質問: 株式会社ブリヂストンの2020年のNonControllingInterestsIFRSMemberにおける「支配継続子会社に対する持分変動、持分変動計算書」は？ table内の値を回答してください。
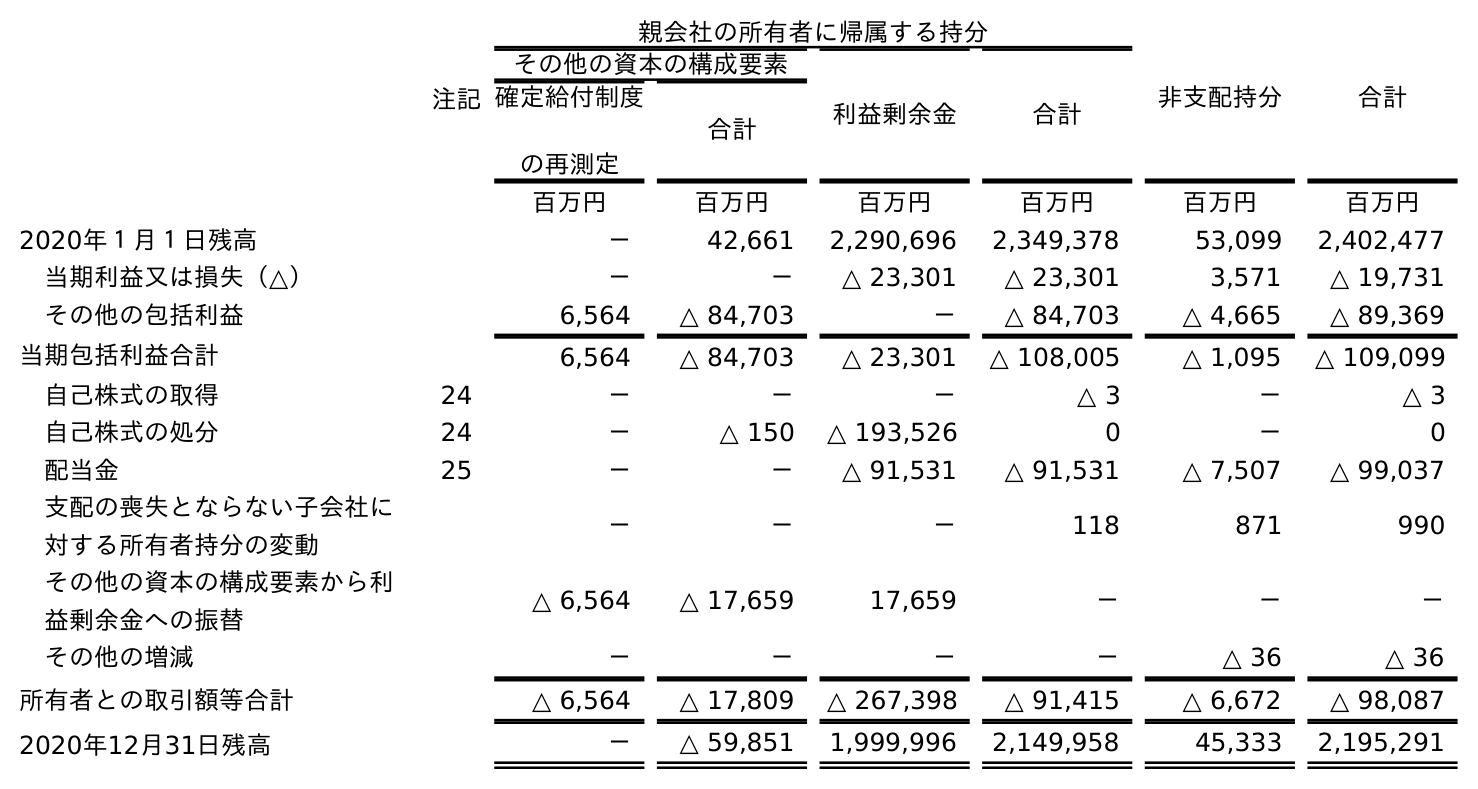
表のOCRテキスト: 注記 親会社の所有者に帰属する持分 非支配持分 合計 その他の資本の構成要素 利益剰余金 合計 確定給付制度 の再測定 合計 百万円 百万円 百万円 百万円 百万円 百万円 2020年１月１日残高 － 42,661 2,290,696 2,349,378 53,099 2,402,477 当期利益又は損失（△） － － △ 23,301 △ 23,301 3,571 △ 19,731 その他の包括利益 6,564 △ 84,703 － △ 84,703 △ 4,665 △ 89,369 当期包括利益合計 6,564 △ 84,703 △ 23,301 △ 108,005 △ 1,095 △ 109,099 自己株式の取得 24 － － － △ 3 － △ 3 自己株式の処分 24 － △ 150 △ 193,526 0 － 0 配当金 25 － － △ 91,531 △ 91,531 △ 7,507 △ 99,037 支配の喪失とならない子会社に 対する所有者持分の変動 － － － 118 871 990 その他の資本の構成要素から利 益剰余金への振替 △ 6,564 △ 17,659 17,659 － － － その他の増減 － － － － △ 36 △ 36 所有者との取引額等合計 △ 6,564 △ 17,809 △ 267,398 △ 91,415 △ 6,672 △ 98,087 2020年12月31日残高 － △ 59,851 1,999,996 2,149,958 45,333 2,195,291
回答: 871